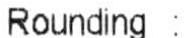
ROUNDING :